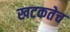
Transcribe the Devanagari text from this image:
खटकतेच